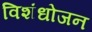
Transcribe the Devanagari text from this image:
विशंधोजन